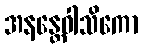
အနန္တေဝါသိကော